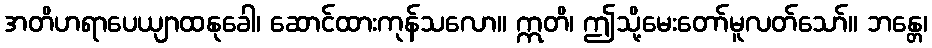
အတိဟရာပေယျာထနုခေါ၊ ဆောင်ထားကုန်သလော။ ဣတိ၊ ဤသို့မေးတော်မူလတ်သော်။ ဘန္တေ၊